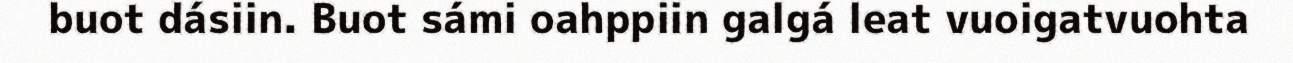
buot dásiin. Buot sámi oahppiin galgá leat vuoigatvuohta